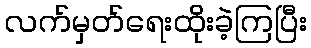
လက်မှတ်ရေးထိုးခဲ့ကြပြီး